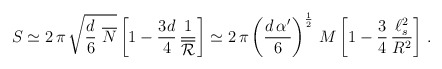
\begin{align*}S \simeq 2 \, \pi \, \sqrt{\frac{d}{6} \ \overline N} \left[ 1 -\frac{3d}{4} \, \frac{1}{\overline{\cal R}} \right] \simeq 2 \, \pi\left( \frac{d \, \alpha'}{6} \right)^{\frac{1}{2}} \, M \left[ 1 -\frac{3}{4} \, \frac{\ell_s^2}{R^2} \right] \, . \end{align*}